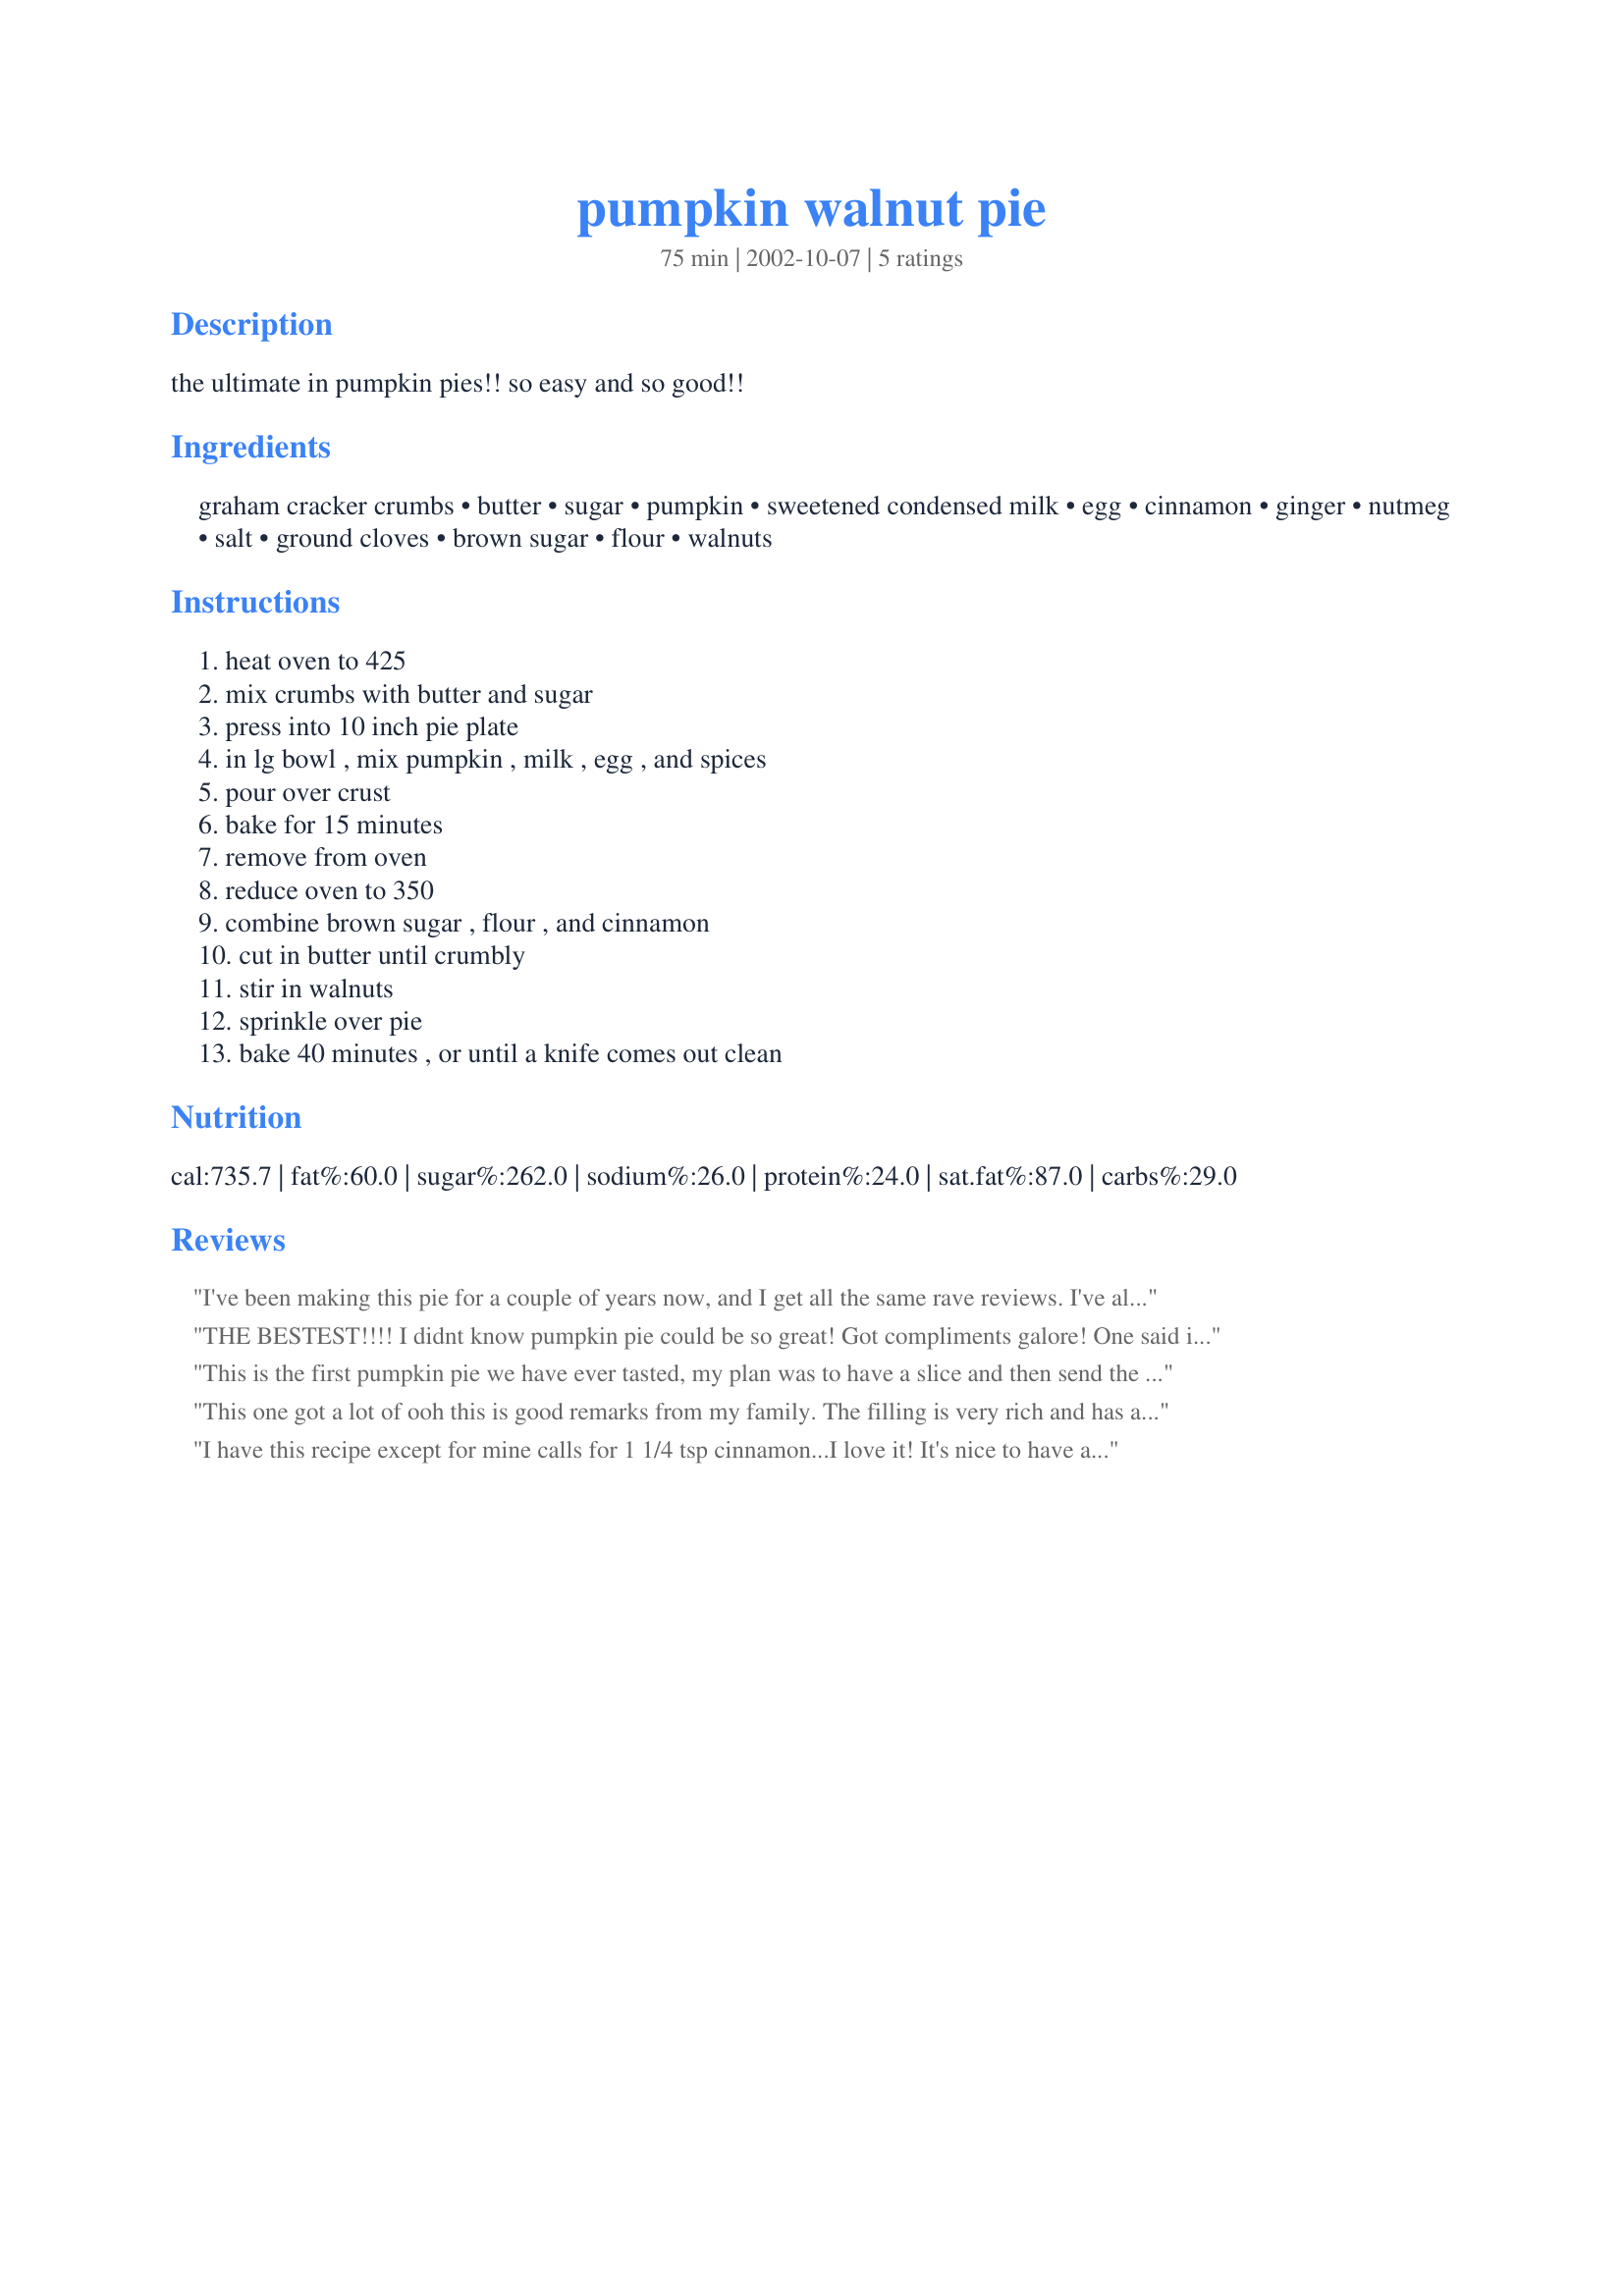
pumpkin walnut pie
Preparation time: 75 minutes

the ultimate in pumpkin pies!! so easy and so good!!

Ingredients:
graham cracker crumbs, butter, sugar, pumpkin, sweetened condensed milk, egg, cinnamon, ginger, nutmeg, salt, ground cloves, brown sugar, flour, walnuts

Steps:
heat oven to 425, mix crumbs with butter and sugar, press into 10 inch pie plate, in lg bowl , mix pumpkin , milk , egg , and spices, pour over crust, bake for 15 minutes, remove from oven, reduce oven to 350, combine brown sugar , flour , and cinnamon, cut in butter until crumbly, stir in walnuts, sprinkle over pie, bake 40 minutes , or until a knife comes out clean

Reviews:
I've been making this pie for a couple of years now, and I get all the same rave reviews. I've also been told that it was the best pumpkin pie a friend ever had. I like it better made in a ready made graham cracker crust. Yes, I also cover most of th outside of the pie with foil to keep from burning. Try this crumb topping on your next homemade apple pie (pastry crust with this one), I wowed my husband with that little twist. Great Post!
THE BESTEST!!!! I didnt know pumpkin pie could be so great! Got compliments galore! One said it was the best pumpkin pie he'd ever had! Thanks so much for your great recipe! :0)
This is the first pumpkin pie we have ever tasted, my plan was to have a slice and then send the rest on with hubbie to work but I decided against that......I used fresh pumpkin as I cannot get canned and I also cheated and used a ready made base. This pie is wonderful. (I roasted the pumpkin in a slow oven until it was soft enough to puree, about 40 min) Thanks Inez
This one got a lot of ooh this is good remarks from my family. The filling is very rich and has a good spice flavor. I thought the crumb topping was an interesting idea and a little different from the traditional pumpkin pie. After I got the kids off to school, my husband and I had a piece with a cup of coffee for breakfast. Thanks MizzNezz.
I have this recipe except for mine calls for 1 1/4 tsp cinnamon...I love it! It's nice to have as a "different" kind of pie but still be pumpkin!
